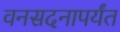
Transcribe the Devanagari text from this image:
वनसदनापर्यंत